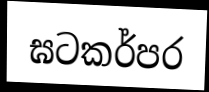
ඝටකර්පර